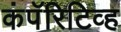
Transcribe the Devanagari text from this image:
कंपॅरिटिव्ह